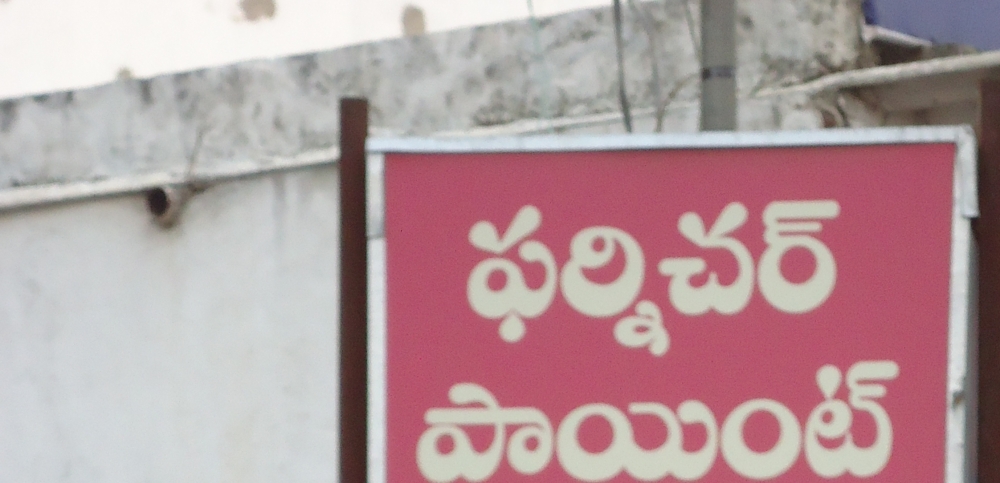
Language: telugu
Transcription: పాయింట్ ఫర్నిచర్